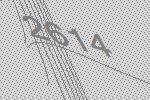
2614